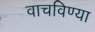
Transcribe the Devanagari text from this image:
वाचविण्या